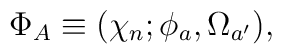
\Phi_A\equiv(\chi_n;\phi_a,\Omega_{a'}),